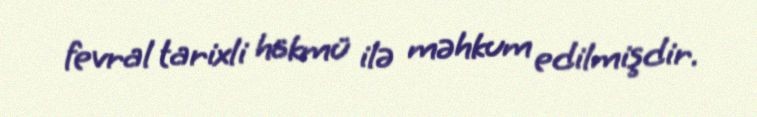
fevral tarixli hökmü ilə məhkum edilmişdir.